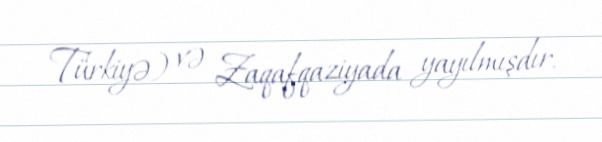
Türkiyə) və Zaqafqaziyada yayılmışdır.